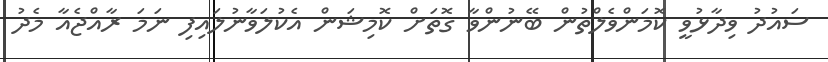
ސައުދު ވިދާޅުވީ ކޮމަންވެލްތުން ބޭނުންވާ ގޮތަށް ކޮމިޝަން އެކުލަވާނުލައިފި ނަމަ ރާއްޖެއާ މެދު